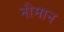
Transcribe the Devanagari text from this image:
नौमान